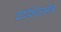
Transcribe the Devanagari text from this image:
दर्याशेजारीच